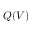
Q ( V )